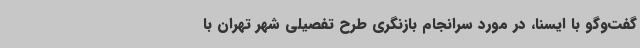
گفت‌وگو با ایسنا، در مورد سرانجام بازنگری طرح تفصیلی شهر تهران با